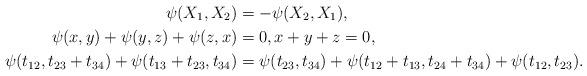
LaTeX: \begin{align*}\psi(X_1,X_2)&=-\psi(X_2,X_1),\\\psi(x,y)+\psi(y,z)+\psi(z,x)&=0, x+y+z=0,\\\psi(t_{12},t_{23}+t_{34})+\psi(t_{13}+t_{23},t_{34})&=\psi(t_{23},t_{34})+\psi(t_{12}+t_{13},t_{24}+t_{34})+\psi(t_{12},t_{23}).\end{align*}